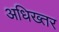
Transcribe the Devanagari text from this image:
अधिख्तर